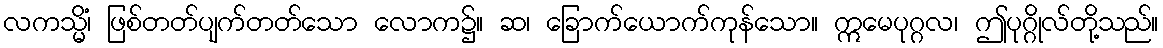
လကသ္မိံ၊ ဖြစ်တတ်ပျက်တတ်သော လောက၌။ ဆ၊ ခြောက်ယောက်ကုန်သော။ ဣမေပုဂ္ဂလ၊ ဤပုဂ္ဂိုလ်တို့သည်။